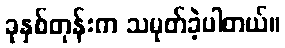
ခုနှစ်တုန်းက သမုတ်ခဲ့ပါတယ်။